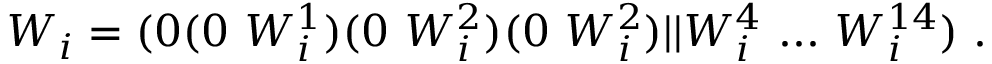
W _ { i } = ( 0 ( 0 ~ W _ { i } ^ { 1 } ) ( 0 ~ W _ { i } ^ { 2 } ) ( 0 ~ W _ { i } ^ { 2 } ) \vert \vert W _ { i } ^ { 4 } ~ . . . ~ W _ { i } ^ { 1 4 } ) ~ .